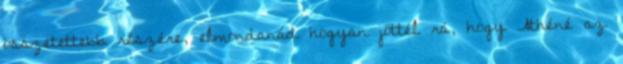
összetettebb részére, elmondanád hogyan jöttél rá, hogy Athéné az